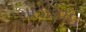
મોડીફાઇ